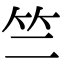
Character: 竺